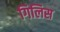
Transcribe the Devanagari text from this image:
गिलिस